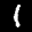
Label: 1